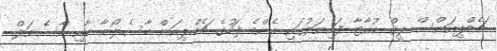
ޗެމްޕިއަންސް ލީގް ކުއާޓާ ފައިނަލުގައި އެންމެ ފަހުގެ ޗެމްޕިއަން ބާސެލޯނާ އާއި އާސެނަލް